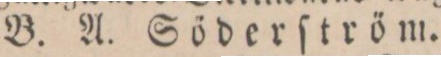
B. A. Söderſtröm.